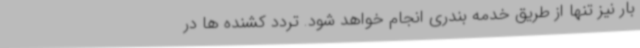
بار نیز تنها از طریق خدمه بندری انجام خواهد شود. تردد کشنده ها در